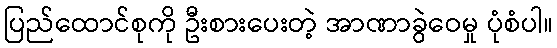
ပြည်ထောင်စုကို ဦးစားပေးတဲ့ အာဏာခွဲဝေမှု ပုံစံပါ။